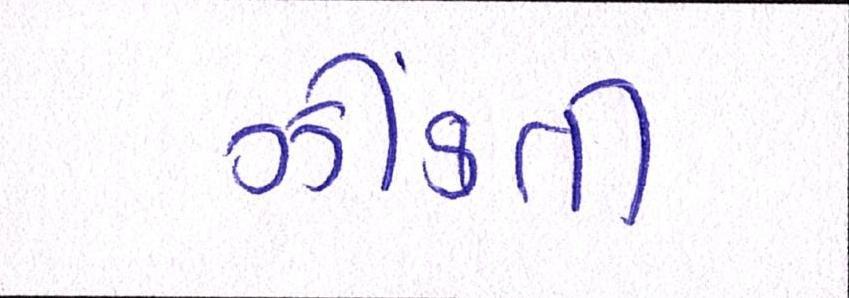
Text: ઝીંકતી